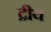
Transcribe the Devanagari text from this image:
द्रीय